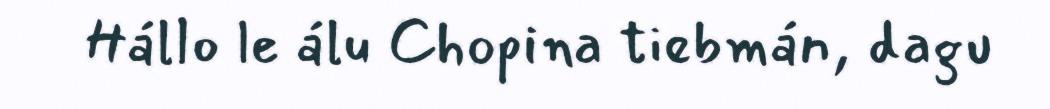
Hállo le álu Chopina tiebmán, dagu